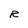
Character: R